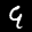
Label: 9